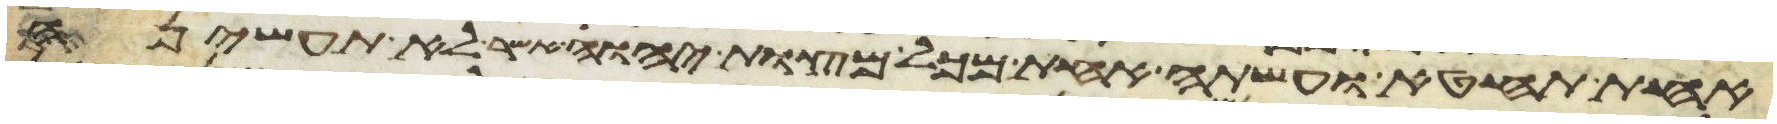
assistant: אחת תחטא ועשתה אחת מכל מצות יהוה אשר לא תעשיהן